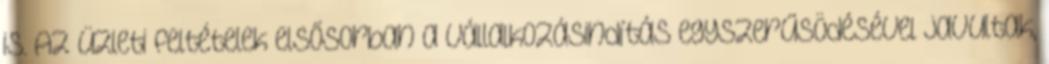
is. Az üzleti feltételek elsősorban a vállalkozásindítás egyszerűsödésével javultak,